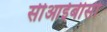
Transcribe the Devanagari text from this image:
सीआईबीसी